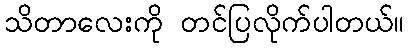
သိတာလေးကို တင်ပြလိုက်ပါတယ်။